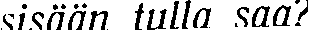
sisään tulla saa?